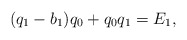
\begin{align*} (q_1-b_1)q_0+q_0q_1=E_1, \end{align*}